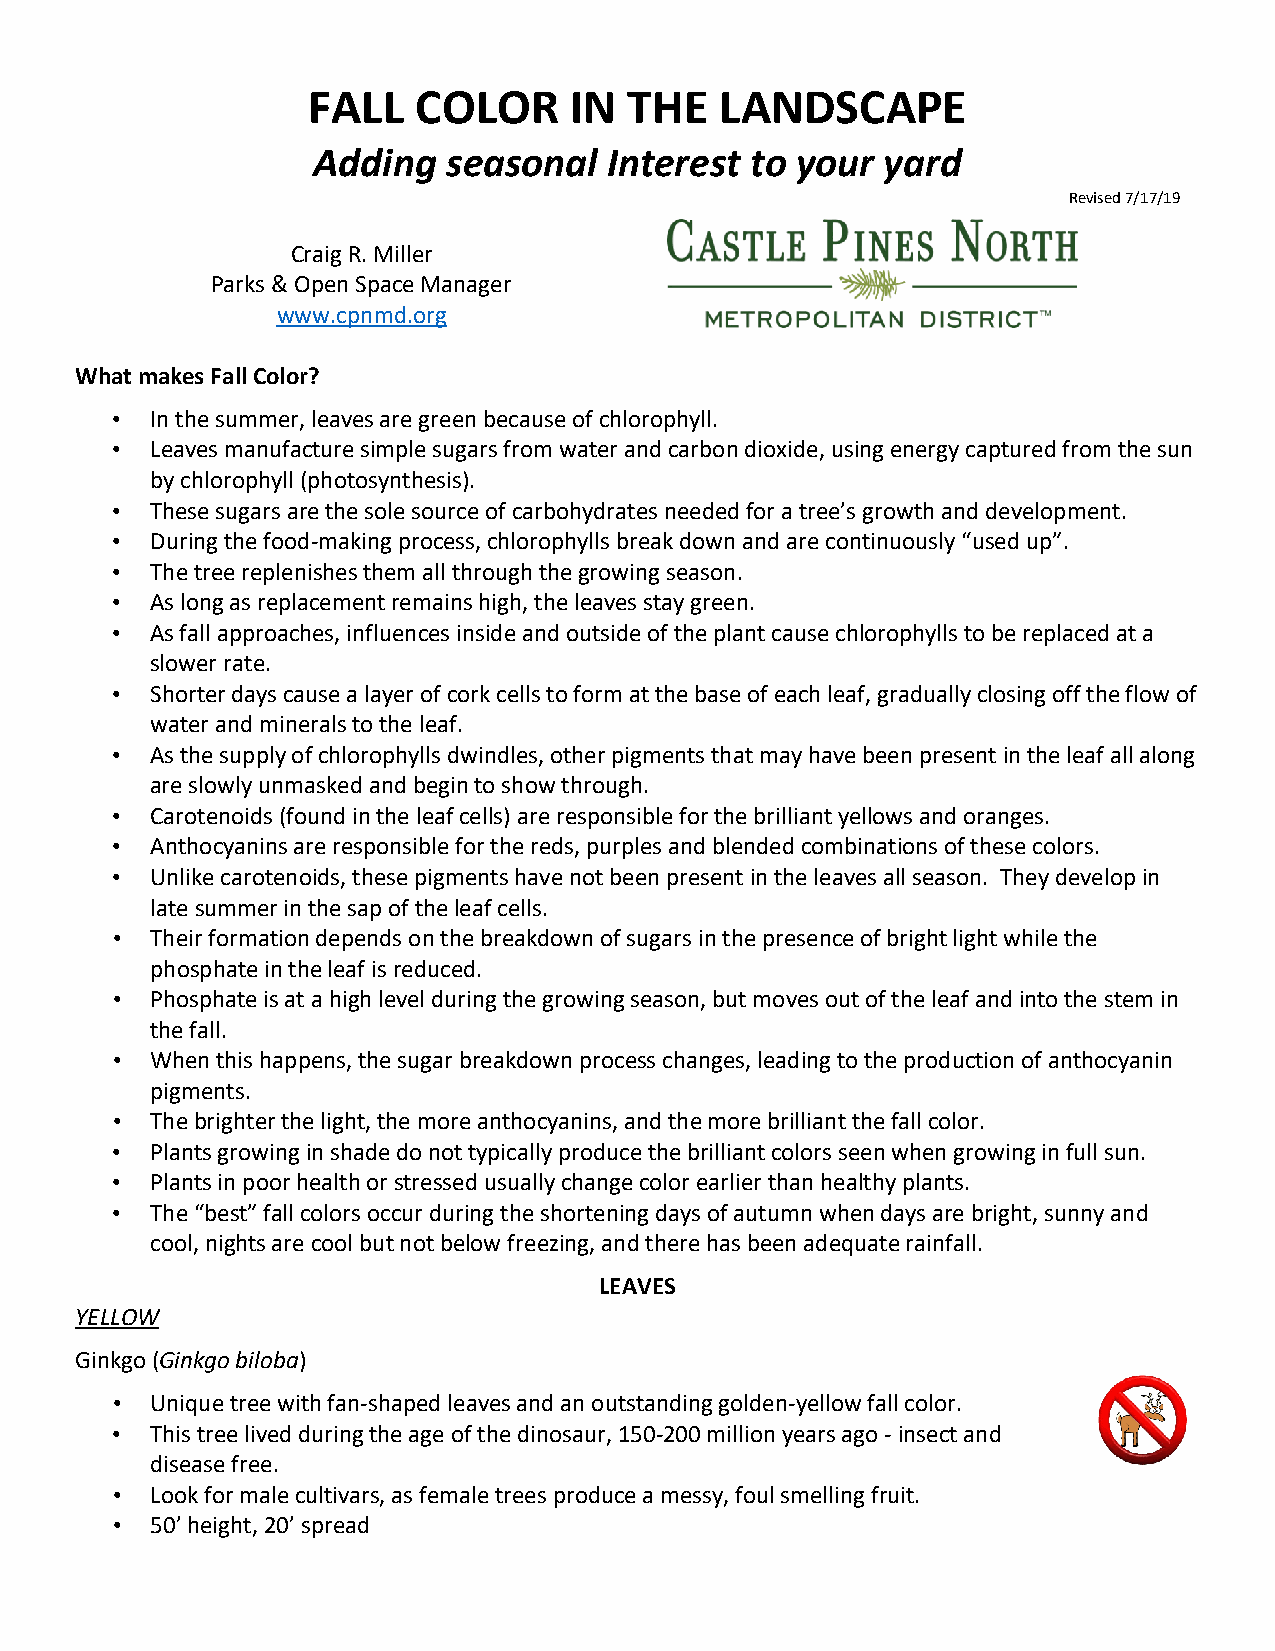
FALL   COLOR      IN  THE   LANDSCAPE
 Adding   seasonal  Interest  to your  yard
 Revised 7/17/19
 Craig R. Miller
 Parks & Open Space Manager
 www.cpnmd.org
 What makes Fall Color?
 •  In the summer, leaves are green because of chlorophyll.
 •  Leaves manufacture simple sugars from water and carbon dioxide, using energy captured from the sun
 by chlorophyll (photosynthesis).
 •  These sugars are the sole source of carbohydrates needed for a tree’s growth and development.
 •  During the food-making process, chlorophylls break down and are continuously “used up”.
 •  The tree replenishes them all through the growing season.
 •  As long as replacement remains high, the leaves stay green.
 •  As fall approaches, influences inside and outside of the plant cause chlorophylls to be replaced at a
 slower rate.
 •  Shorter days cause a layer of cork cells to form at the base of each leaf, gradually closing off the flow of
 water and minerals to the leaf.
 •  As the supply of chlorophylls dwindles, other pigments that may have been present in the leaf all along
 are slowly unmasked and begin to show through.
 •  Carotenoids (found in the leaf cells) are responsible for the brilliant yellows and oranges.
 •  Anthocyanins are responsible for the reds, purples and blended combinations of these colors.
 •  Unlike carotenoids, these pigments have not been present in the leaves all season. They develop in
 late summer in the sap of the leaf cells.
 •  Their formation depends on the breakdown of sugars in the presence of bright light while the
 phosphate in the leaf is reduced.
 •  Phosphate is at a high level during the growing season, but moves out of the leaf and into the stem in
 the fall.
 •  When this happens, the sugar breakdown process changes, leading to the production of anthocyanin
 pigments.
 •  The brighter the light, the more anthocyanins, and the more brilliant the fall color.
 •  Plants growing in shade do not typically produce the brilliant colors seen when growing in full sun.
 •  Plants in poor health or stressed usually change color earlier than healthy plants.
 •  The “best” fall colors occur during the shortening days of autumn when days are bright, sunny and
 cool, nights are cool but not below freezing, and there has been adequate rainfall.
 LEAVES
 YELLOW
 Ginkgo (Ginkgo biloba)
 •  Unique tree with fan-shaped leaves and an outstanding golden-yellow fall color.
 •  This tree lived during the age of the dinosaur, 150-200 million years ago - insect and
 disease free.
 •  Look for male cultivars, as female trees produce a messy, foul smelling fruit.
 •  50’ height, 20’ spread